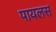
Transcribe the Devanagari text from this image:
पायलस